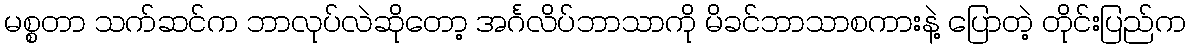
မစ္စတာ သက်ဆင်က ဘာလုပ်လဲဆိုတော့ အင်္ဂလိပ်ဘာသာကို မိခင်ဘာသာစကားနဲ့ ပြောတဲ့ တိုင်းပြည်က